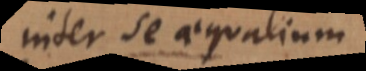
inter se aequalium